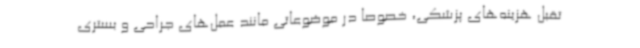
تقبل هزینه‌های پزشکی، خصوصا در موضوعاتی مانند عمل‌های جراحی و بستری